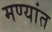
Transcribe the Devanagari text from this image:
मण्यांत